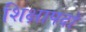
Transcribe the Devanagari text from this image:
शिक्षापदों